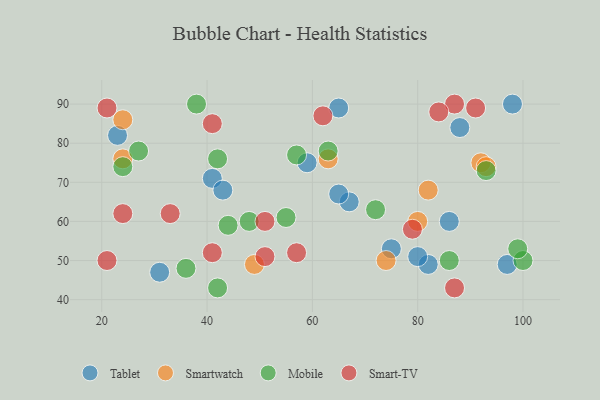
{"axis": {"x": "GDP", "y": "Life Expectancy"}, "legend": ["Mobile", "Smart-TV", "Smartwatch", "Tablet"], "data": [{"x": "86", "y": 60, "type": "Tablet"}, {"x": "75", "y": 53, "type": "Tablet"}, {"x": "98", "y": 90, "type": "Tablet"}, {"x": "41", "y": 71, "type": "Tablet"}, {"x": "82", "y": 49, "type": "Tablet"}, {"x": "97", "y": 49, "type": "Tablet"}, {"x": "80", "y": 51, "type": "Tablet"}, {"x": "23", "y": 82, "type": "Tablet"}, {"x": "31", "y": 47, "type": "Tablet"}, {"x": "59", "y": 75, "type": "Tablet"}, {"x": "67", "y": 65, "type": "Tablet"}, {"x": "65", "y": 89, "type": "Tablet"}, {"x": "65", "y": 67, "type": "Tablet"}, {"x": "43", "y": 68, "type": "Tablet"}, {"x": "88", "y": 84, "type": "Tablet"}, {"x": "80", "y": 60, "type": "Smartwatch"}, {"x": "92", "y": 75, "type": "Smartwatch"}, {"x": "49", "y": 49, "type": "Smartwatch"}, {"x": "82", "y": 68, "type": "Smartwatch"}, {"x": "24", "y": 86, "type": "Smartwatch"}, {"x": "93", "y": 74, "type": "Smartwatch"}, {"x": "74", "y": 50, "type": "Smartwatch"}, {"x": "63", "y": 76, "type": "Smartwatch"}, {"x": "24", "y": 76, "type": "Smartwatch"}, {"x": "100", "y": 50, "type": "Mobile"}, {"x": "55", "y": 61, "type": "Mobile"}, {"x": "44", "y": 59, "type": "Mobile"}, {"x": "24", "y": 74, "type": "Mobile"}, {"x": "99", "y": 53, "type": "Mobile"}, {"x": "38", "y": 90, "type": "Mobile"}, {"x": "27", "y": 78, "type": "Mobile"}, {"x": "57", "y": 77, "type": "Mobile"}, {"x": "63", "y": 78, "type": "Mobile"}, {"x": "93", "y": 73, "type": "Mobile"}, {"x": "48", "y": 60, "type": "Mobile"}, {"x": "86", "y": 50, "type": "Mobile"}, {"x": "42", "y": 43, "type": "Mobile"}, {"x": "42", "y": 76, "type": "Mobile"}, {"x": "72", "y": 63, "type": "Mobile"}, {"x": "36", "y": 48, "type": "Mobile"}, {"x": "57", "y": 52, "type": "Smart-TV"}, {"x": "21", "y": 50, "type": "Smart-TV"}, {"x": "41", "y": 85, "type": "Smart-TV"}, {"x": "51", "y": 51, "type": "Smart-TV"}, {"x": "79", "y": 58, "type": "Smart-TV"}, {"x": "41", "y": 52, "type": "Smart-TV"}, {"x": "87", "y": 90, "type": "Smart-TV"}, {"x": "21", "y": 89, "type": "Smart-TV"}, {"x": "87", "y": 43, "type": "Smart-TV"}, {"x": "24", "y": 62, "type": "Smart-TV"}, {"x": "91", "y": 89, "type": "Smart-TV"}, {"x": "84", "y": 88, "type": "Smart-TV"}, {"x": "62", "y": 87, "type": "Smart-TV"}, {"x": "33", "y": 62, "type": "Smart-TV"}, {"x": "51", "y": 60, "type": "Smart-TV"}]}